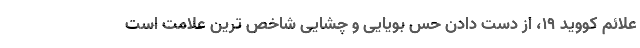
علائم کووید ۱۹، از دست دادن حس بویایی و چشایی شاخص ترین علامت است